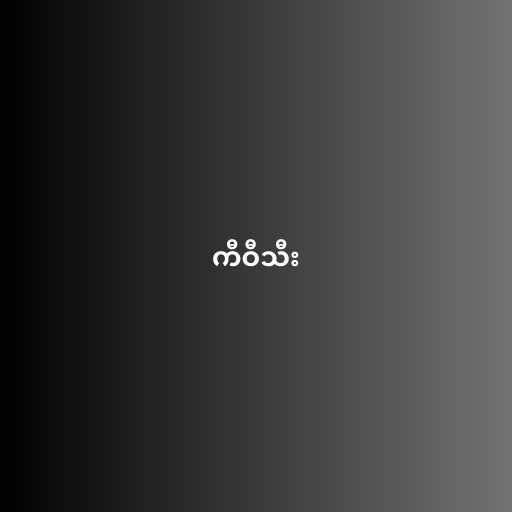
ကီဝီသီး